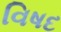
વિષદ